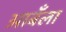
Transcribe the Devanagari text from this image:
आबँला